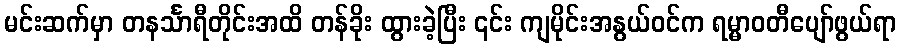
မင်းဆက်မှာ တနင်္သာရီတိုင်းအထိ တန်ခိုး ထွားခဲ့ပြီး ၎င်း ကျမိုင်းအနွယ်ဝင်က ရမ္မာဝတီပျော်ဖွယ်ရာ